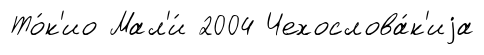
То́к'ио Мал'и́ 2004 Чехослова́к'иjа